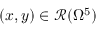
( x , y ) \in \mathcal { R } ( \Omega ^ { 5 } )